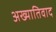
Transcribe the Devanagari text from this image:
अख्यातिवाद